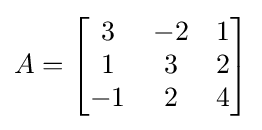
A={\begin{bmatrix}3&-2&1\\1&3&2\\-1&2&4\end{bmatrix}}